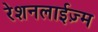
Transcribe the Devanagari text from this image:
रेशनलाईज़्म